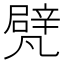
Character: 𠙮